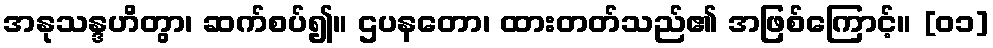
အနုသန္ဒဟိတွာ၊ ဆက်စပ်၍။ ဌပနတော၊ ထားတတ်သည်၏ အဖြစ်ကြောင့်။ [၀၁]